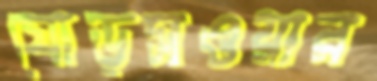
ঘোড়সওয়ার